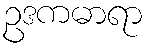
ဥဒကဓာရာ